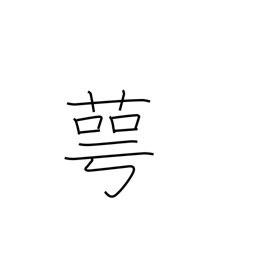
Meaning: calyx